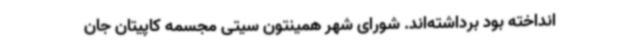
انداخته بود برداشته‌اند. شورای شهر همینتون سیتی مجسمه کاپیتان جان